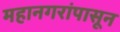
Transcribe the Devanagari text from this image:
महानगरांपासून